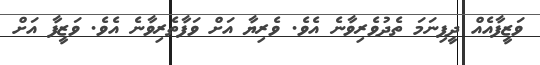
ވަޒީފާއެއް ދީފިނަމަ ތެދުވެރިވާނެ އެވެ. ވެރިޔާ އަށް ވަފާތެރިވާނެ އެވެ. ވަޒީފާ އަށް